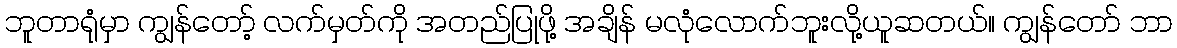
ဘူတာရုံမှာ ကျွန်တော့် လက်မှတ်ကို အတည်ပြုဖို့ အချိန် မလုံလောက်ဘူးလို့ယူဆတယ်။ ကျွန်တော် ဘာ